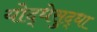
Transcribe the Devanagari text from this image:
योद्धेसुद्धा